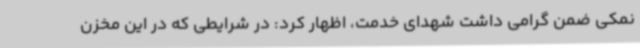
نمکی ضمن گرامی داشت شهدای خدمت، اظهار کرد: در شرایطی که در این مخزن